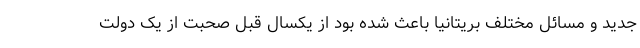
جدید و مسائل مختلف بریتانیا باعث شده بود از یکسال قبل صحبت از یک دولت